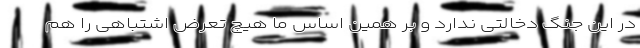
در این جنگ دخالتی ندارد و بر همین اساس ما هیچ تعرض اشتباهی را هم